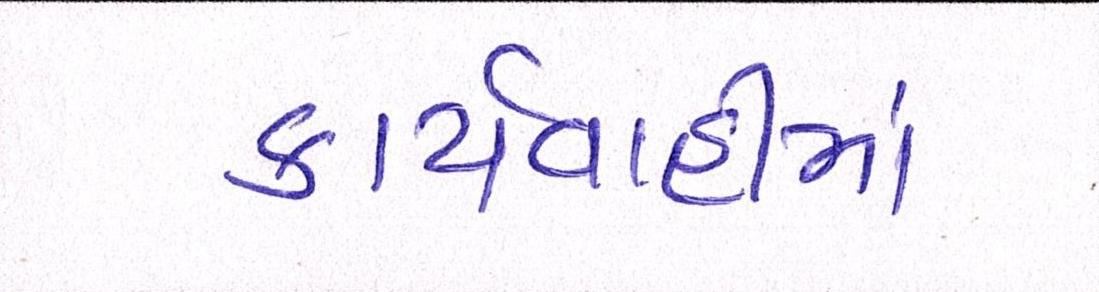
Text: કાર્યવાહીમાં